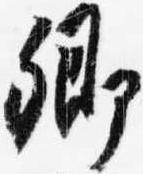
卿